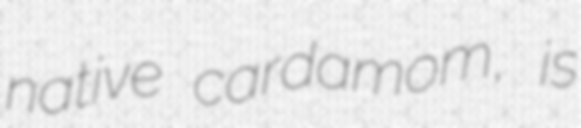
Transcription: native cardamom, is